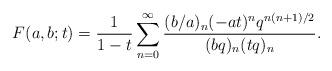
LaTeX: \begin{align*}F(a,b;t)= \frac{1}{1-t} \sum_{n=0}^{\infty} \frac{(b/a)_n (-at)^n q^{n(n+1)/2}}{(bq)_n (tq)_n}.\end{align*}